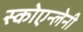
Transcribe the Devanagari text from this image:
स्कोएन्लेनी